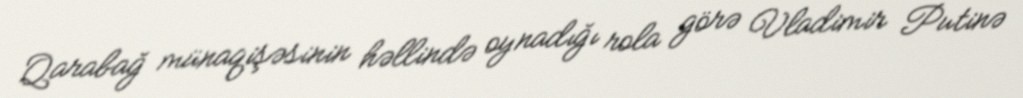
Qarabağ münaqişəsinin həllində oynadığı rola görə Vladimir Putinə